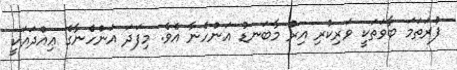
ފުރަތަމަ ބާވަތަކީ ވަރިކުރި އިރު މާބަނޑު އަންހެނާ އެވެ. މިފަދަ އަންހެނާގެ ޢިއްދައަކީ